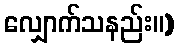
လျှောက်သနည်း။)